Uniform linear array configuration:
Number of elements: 32
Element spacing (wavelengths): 0.5
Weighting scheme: binomial
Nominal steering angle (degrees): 60
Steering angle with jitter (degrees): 59.292
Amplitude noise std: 0.05
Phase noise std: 0.05

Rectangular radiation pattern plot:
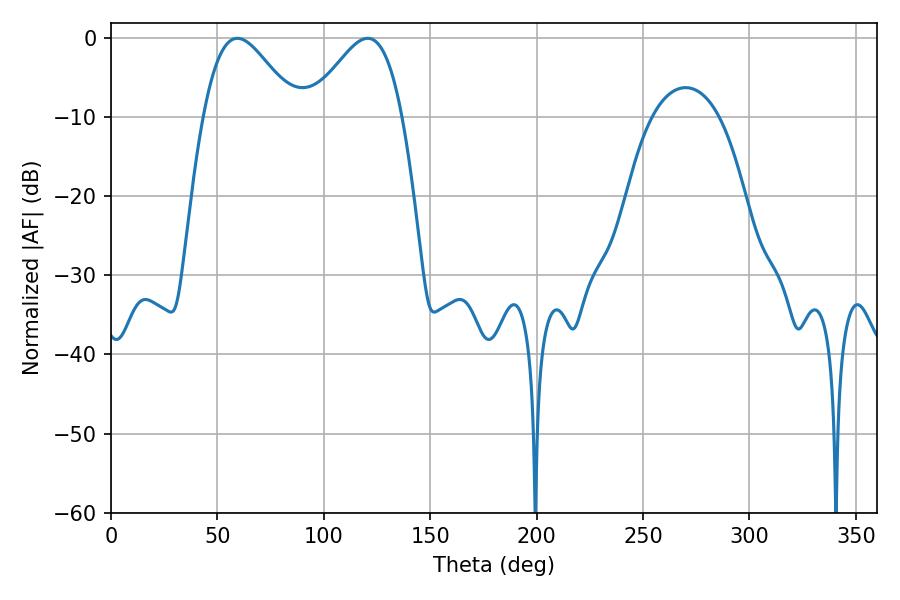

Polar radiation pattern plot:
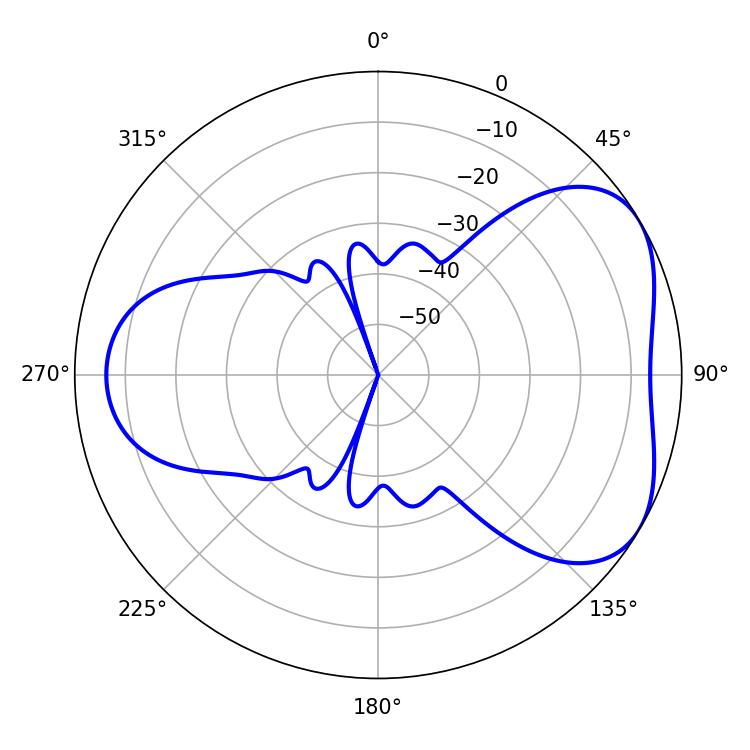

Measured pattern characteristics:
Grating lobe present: FALSE
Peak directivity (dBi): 4.681
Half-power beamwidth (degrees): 23.04
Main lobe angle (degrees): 59.4